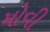
મોવી